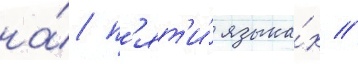
на́ п'ят'и́ языка́х //